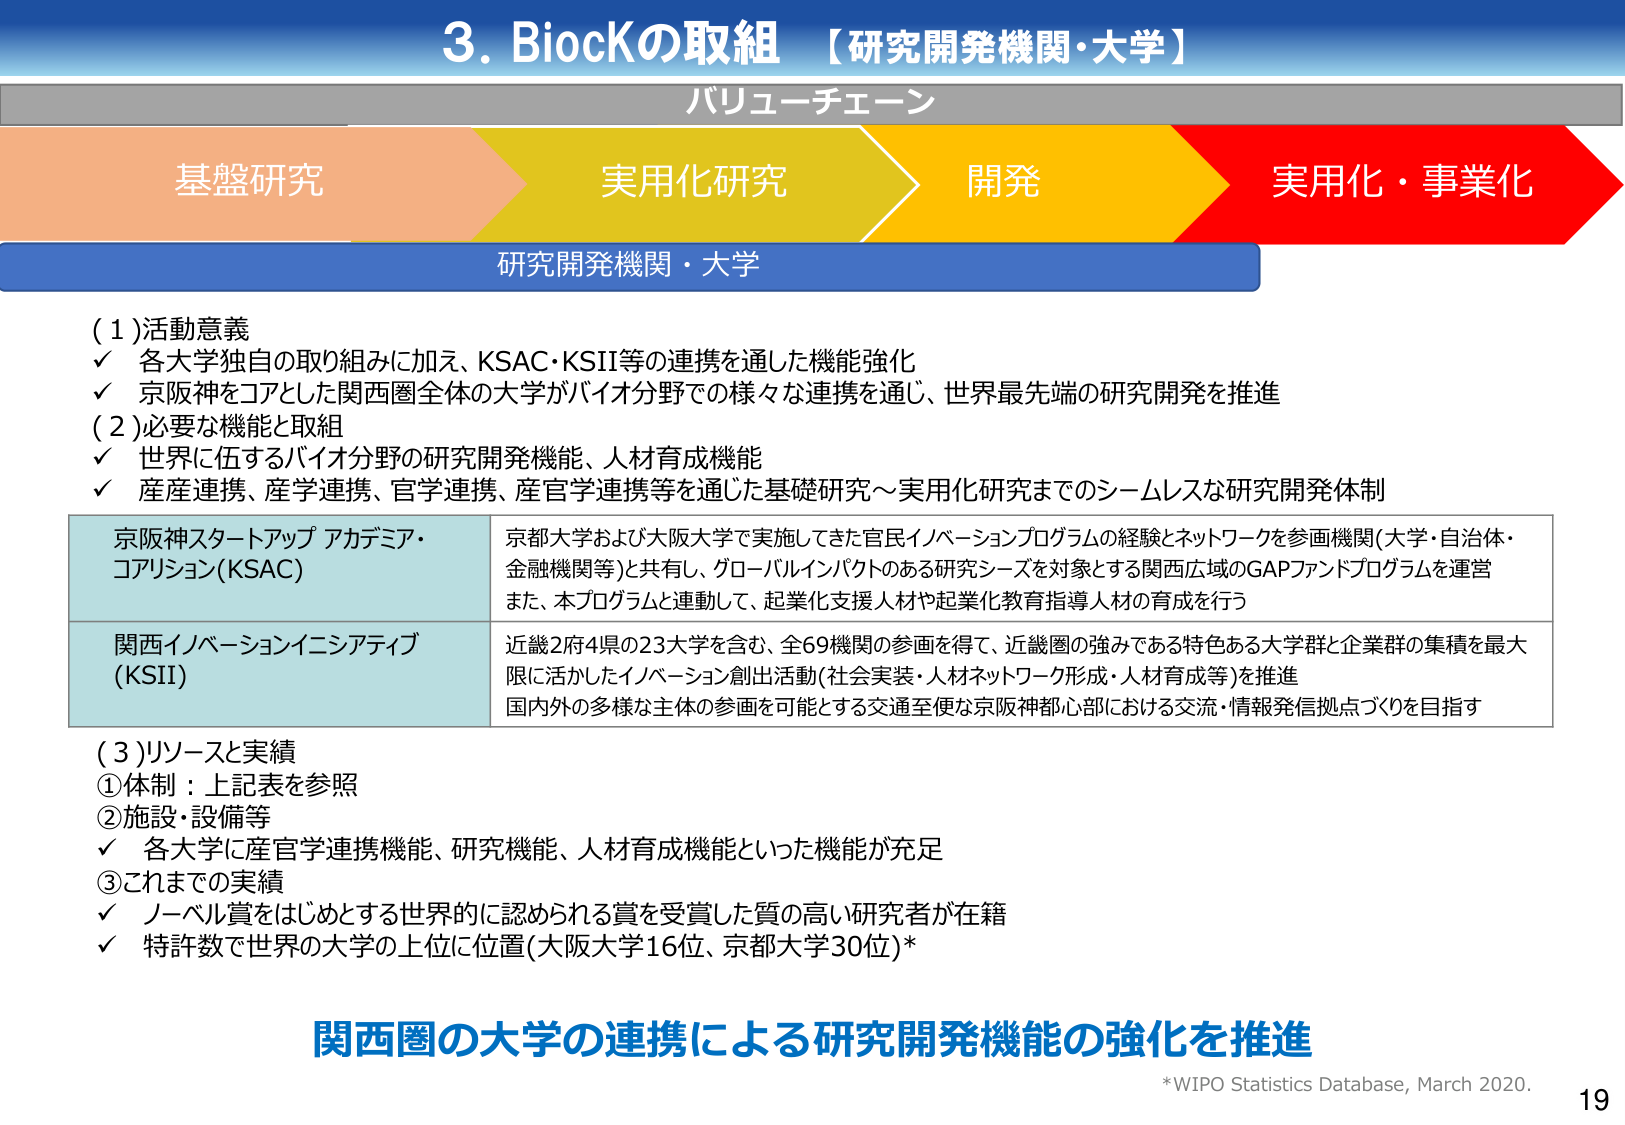
3. BiocKの取組 【研究開発機関・大学】
バリューチェーン
基盤研究 実用化研究 開発 実用化・事業化
研究開発機関・大学

(1) 活動意義
✓ 各大学独自の取り組みに加え、KSAC・KSII等の連携を通した機能強化
✓ 京阪神をコアとした関西圏全体の大学がバイオ分野での様々な連携を通じ、世界最先端の研究開発を推進

(2) 必要な機能と取組
✓ 世界に伍するバイオ分野の研究開発機能、人材育成機能
✓ 産産連携、産学連携、官学連携、産官学連携等を通じた基礎研究～実用化研究までのシームレスな研究開発体制

京阪神スタートアップ アカデミア・コアリション(KSAC)
京都大学および大阪大学で実施してきた官民イノベーションプログラムの経験とネットワークを参画機関(大学・自治体・金融機関等)と共有し、グローバルインパクトのある研究シーズを対象とする関西広域のGAPファンドプログラムを運営
また、本プログラムと連動して、起業化支援人材や起業化教育指導人材の育成を行う

関西イノベーションイニシアティブ(KSII)
近畿2府4県の23大学を含む、全69機関の参画を得て、近畿圏の強みである特色ある大学群と企業群の集積を最大限に活かしたイノベーション創出活動(社会実装・人材ネットワーク形成・人材育成等)を推進
国内外の多様な主体の参画を可能とする交通至便な京阪神都心部における交流・情報発信拠点づくりを目指す

(3) リソースと実績
① 体制：上記表を参照
② 施設・設備等
✓ 各大学に産官学連携機能、研究機能、人材育成機能といった機能が充足
③ これまでの実績
✓ ノーベル賞をはじめとする世界的に認められる賞を受賞した質の高い研究者が在籍
✓ 特許数で世界の大学の上位に位置(大阪大学16位、京都大学30位)*

関西圏の大学の連携による研究開発機能の強化を推進
*WIPO Statistics Database, March 2020.
19